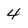
Character: 4